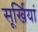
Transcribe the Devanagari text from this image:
सूर्खियां